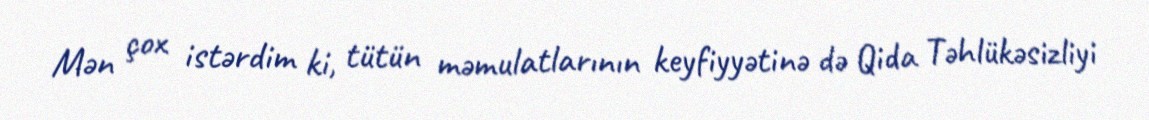
Mən çox istərdim ki, tütün məmulatlarının keyfiyyətinə də Qida Təhlükəsizliyi